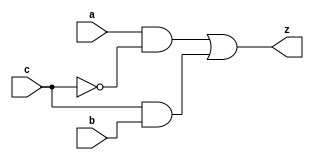


module yMux1(z, a, b, c);
output z;
input a, b, c;
wire notC, upper, lower;

not my_not(notC, c);
and upperAnd(upper, a, notC);
and lowerAnd(lower, c, b);
or my_or(z, upper, lower);

endmodule 

module labL;
reg a, b, c, expZ, expC;
wire z, cout;
integer i, j, k;

yMux1 mux1(z, a, b, c);

initial
    begin
        for(i = 0; i < 2; i++)
            begin
                for(j = 0; j < 2; j++)
                    begin
                        for(k = 0; k < 2; k++)
                            begin
                            a = i; b = j; c = k;
                            expZ = (a&~c)+(b&c);
                            #1 if(expZ === z)
                                $display("PASS time=%2d a=%b b=%b c=%b z=%b", $time, a, b, c, z);
                            else
                                $display("FAIL time=%2d a=%b b=%b c=%b z=%b expZ=%b", $time, a, b, c, z, expZ);
                            end
                    end
            end
    end

endmodule